Report on sanitation, dispensaries, and jails in Rajputana for 1917, and on vaccination for the year 1917-1918 - 1917-1918
Year: 1917
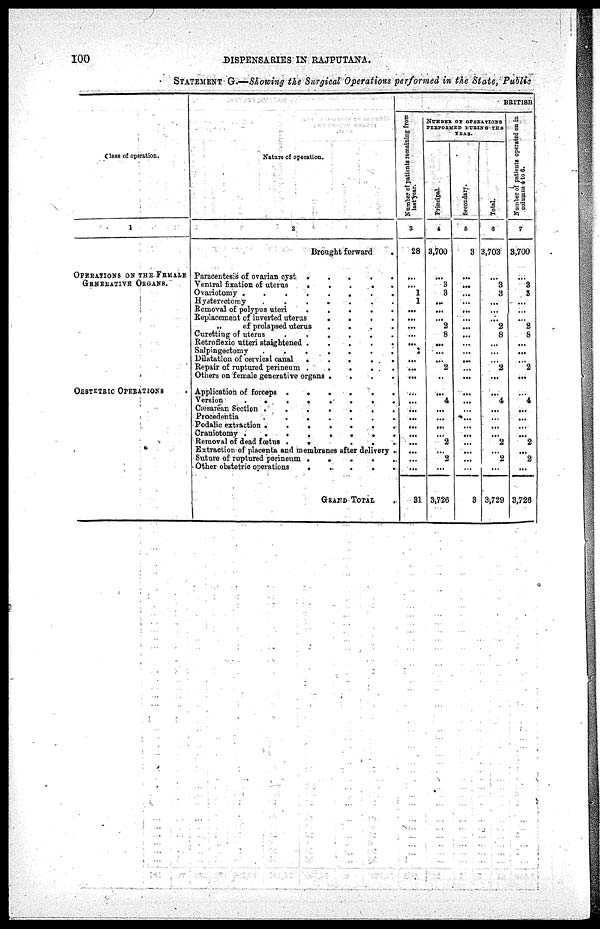
100
DISPENSARIES IN RAJPUTANA.
STATEMENT G.—Showing the Surgical Operations performed in the State, Public
Class of operation.
1
OPERATIONS ON THE FEMALE
GENERATIVE ORGANS.
OBSTETRIC OPERATIONS .
Nature of operation.
2
Brought forward
.
Paracentesis of ovarian cyst
.....
Ventral fixation of uterus
.....
Ovariotomy
........
Hysterectomy
.......
Removal of polypus uteri
.....
Replacement of inverted uterus
....
„
of prolapsed uterus
....
Curetting of uterus
.....
Retrofiexio utteri staightened
.....
Salpingectomy
.......
Dilatation of cervical canal
.....
Repair of ruptured perineum
.....
Others on female generative organs
....
Application of forceps
......
Version
........
Cæsarean Section
.......
Procedentia
......
Podalic extraction
.......
Craniotomy
........
Removal of dead fœtus
......
Extraction of placenta and membranes after delivery .
Suture of ruptured perineum
.....
Other obstetric operations
.....
GRAND TOTAL .
BRITISH
Number of patients remaining from
last
year.
3
28
...
...
1
1
...
...
...
...
...
1
...
...
...
...
...
...
...
...
...
...
...
...
...
31
NUMBER OF OPERATIONS
PERFORMED DURING THE
YEAR.
Principal.
4
3,700
...
3 3
...
...
...
2
8
...
...
...
2
...
...
4
...
...
...
...
2
...
2
...
3,726
Secondary.
5
3
...
...
...
...
...
...
...
...
...
...
...
...
...
...
...
...
...
...
...
...
...
...
...
3
Total.
6
3,703
...
3
3
...
...
...
2
8
...
...
...
2
...
...
4
...
...
...
...
2
...
2
...
3,729
Number of patients operated on in
columns
4 to 6.
7
3,700
...
3
3
...
...
...
2
8
...
...
...
2
...
...
4
...
...
...
...
2
...
2
...
3,726